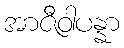
အာဇီဝါပန္နာ